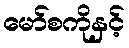
မော်စကိုနှင့်